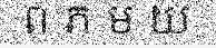
ព ភ ម យ